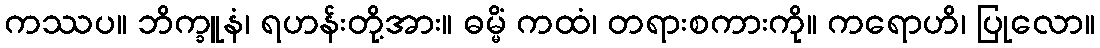
ကဿပ။ ဘိက္ခူနံ၊ ရဟန်းတို့အား။ ဓမ္မိံ ကထံ၊ တရားစကားကို။ ကရောဟိ၊ ပြုလော။